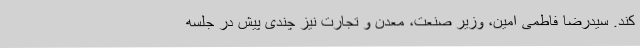
کند. سیدرضا فاطمی امین، وزیر صنعت، معدن و تجارت نیز چندی پیش در جلسه